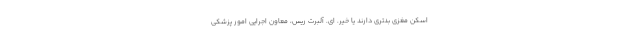
اسکن مغزی بدتری دارند یا خیر. ای. آلبرت ریس، معاون اجرایی امور پزشکی